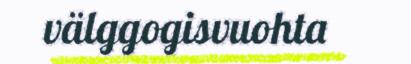
välggogisvuohta